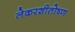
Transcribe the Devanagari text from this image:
लेकरशीतोष्ण